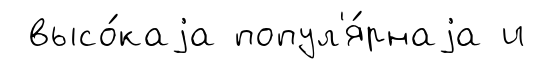
высо́каjа попул'я́рнаjа и